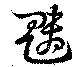
魑